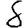
Digit: 8